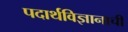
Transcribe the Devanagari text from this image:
पदार्थविज्ञानाची